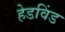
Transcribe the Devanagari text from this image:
हेडविंड